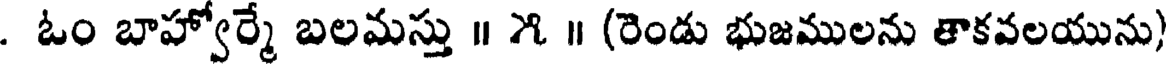
. ఓం బాహ్వోర్మే బలమస్తు ॥ ౫ ॥ (రెండు భుజములను తాకవలయును)